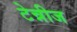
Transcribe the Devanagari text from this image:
टेन्नीज